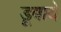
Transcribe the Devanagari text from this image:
डूबाये